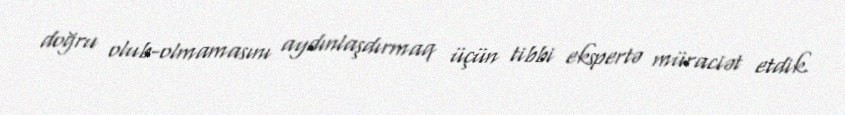
doğru olub-olmamasını aydınlaşdırmaq üçün tibbi ekspertə müraciət etdik.